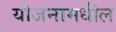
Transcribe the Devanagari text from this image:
योजनामधील